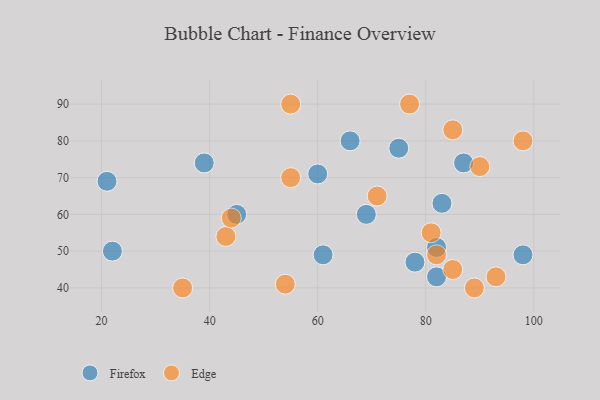
{"axis": {"x": "GDP", "y": "Life Expectancy"}, "legend": ["Edge", "Firefox"], "data": [{"x": "39", "y": 74, "type": "Firefox"}, {"x": "66", "y": 80, "type": "Firefox"}, {"x": "83", "y": 63, "type": "Firefox"}, {"x": "98", "y": 49, "type": "Firefox"}, {"x": "82", "y": 51, "type": "Firefox"}, {"x": "60", "y": 71, "type": "Firefox"}, {"x": "45", "y": 60, "type": "Firefox"}, {"x": "61", "y": 49, "type": "Firefox"}, {"x": "21", "y": 69, "type": "Firefox"}, {"x": "78", "y": 47, "type": "Firefox"}, {"x": "82", "y": 43, "type": "Firefox"}, {"x": "69", "y": 60, "type": "Firefox"}, {"x": "87", "y": 74, "type": "Firefox"}, {"x": "75", "y": 78, "type": "Firefox"}, {"x": "22", "y": 50, "type": "Firefox"}, {"x": "55", "y": 70, "type": "Edge"}, {"x": "98", "y": 80, "type": "Edge"}, {"x": "43", "y": 54, "type": "Edge"}, {"x": "81", "y": 55, "type": "Edge"}, {"x": "85", "y": 45, "type": "Edge"}, {"x": "44", "y": 59, "type": "Edge"}, {"x": "71", "y": 65, "type": "Edge"}, {"x": "55", "y": 90, "type": "Edge"}, {"x": "54", "y": 41, "type": "Edge"}, {"x": "77", "y": 90, "type": "Edge"}, {"x": "89", "y": 40, "type": "Edge"}, {"x": "35", "y": 40, "type": "Edge"}, {"x": "93", "y": 43, "type": "Edge"}, {"x": "85", "y": 83, "type": "Edge"}, {"x": "90", "y": 73, "type": "Edge"}, {"x": "82", "y": 49, "type": "Edge"}]}